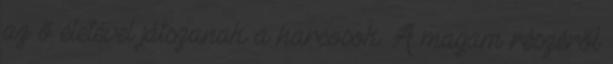
az ő életével játszanak a harcosok. A magam részéről